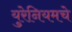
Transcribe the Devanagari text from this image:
युरेनियमचे